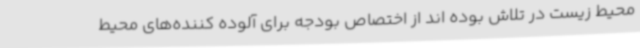
محیط زیست در تلاش بوده اند از اختصاص بودجه برای آلوده کننده‌های محیط